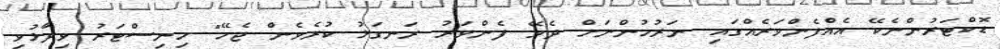
ޑޮކްޓަރުންނެކޭ އެއްފެންވަރެއްގައި ނަރުހުންނަށް ދެވޭ ފެންވަރު ރަނގަޅު ކުރެވެން ޖެހޭ" މިނިސްޓަރު ވިދާޅުވި